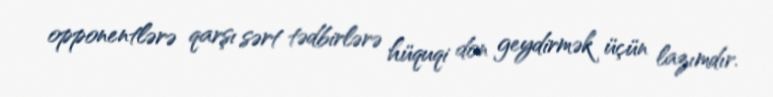
opponentlərə qarşı sərt tədbirlərə hüquqi don geydirmək üçün lazımdır.